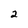
Character: 2